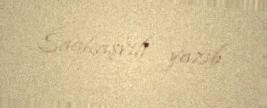
Saakaşvili yazıb.